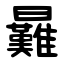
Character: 㬮